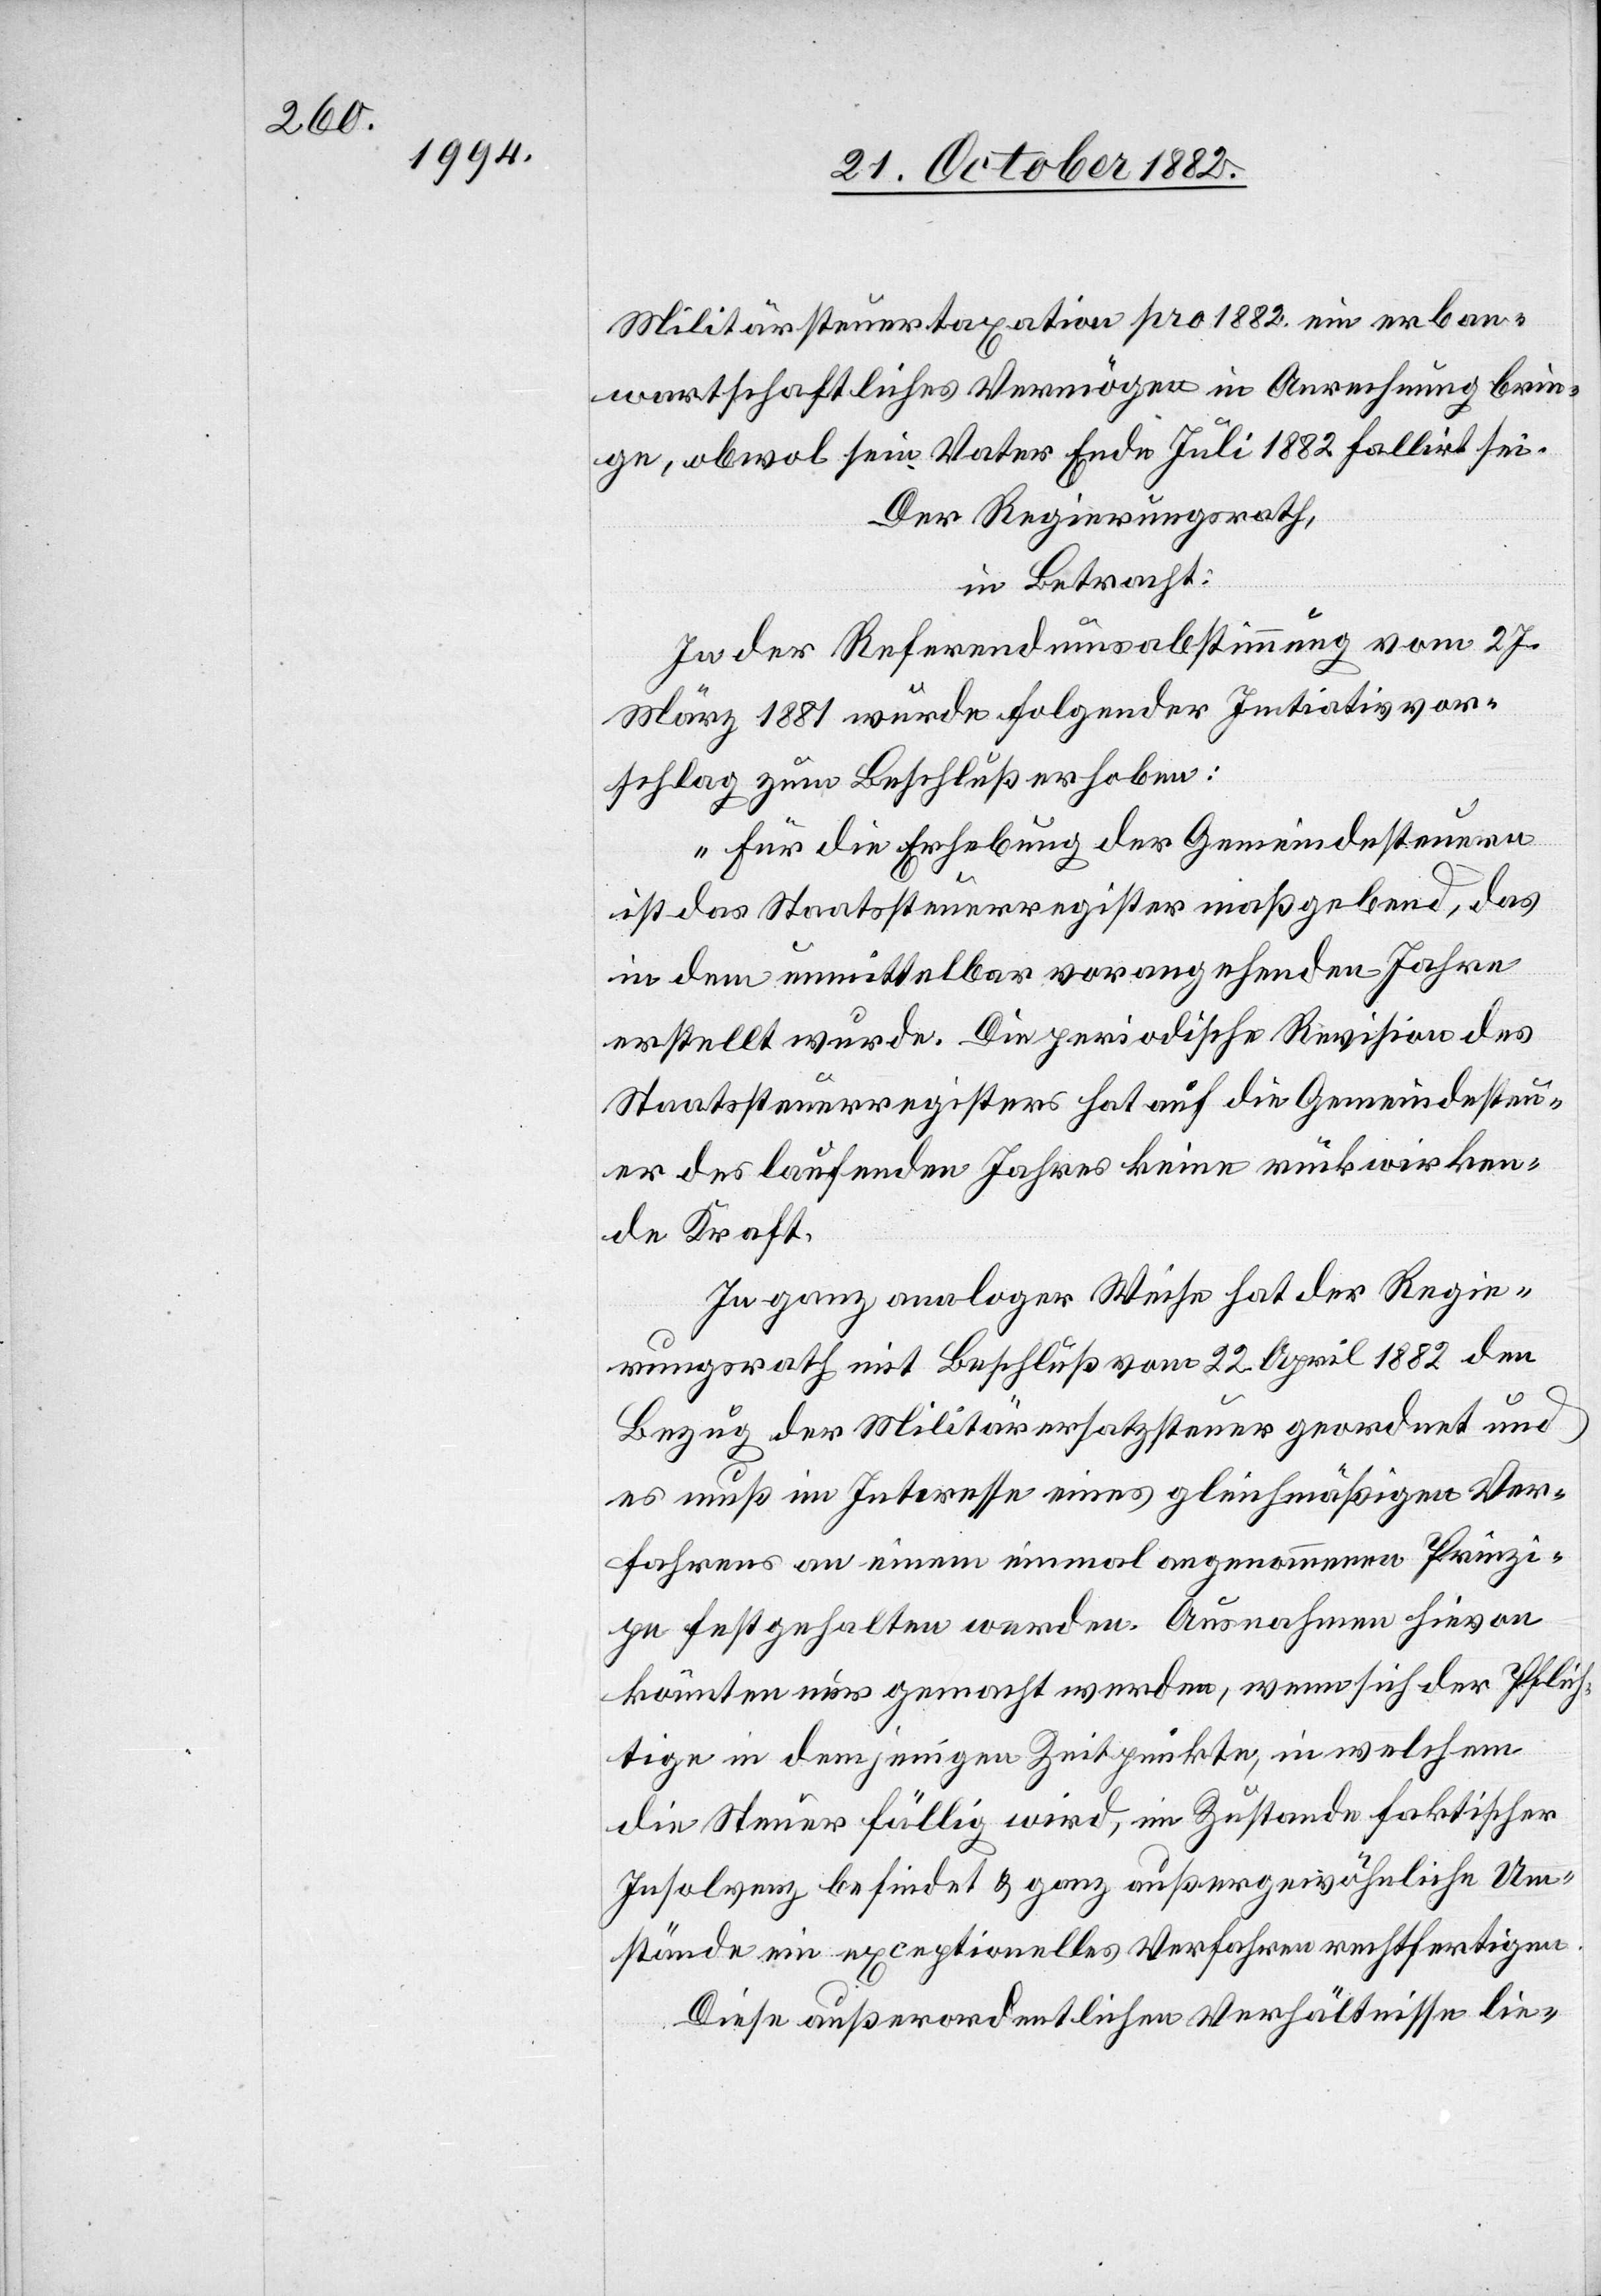
Militärsteuertaxation pro 1882 ein erban¬
wartschaftliches Vermögen in Anrechnung brin¬
ge, obwol sein Vater Ende Juli 1882 fallirt sei.
Der Regierungsrath,
in Betracht:
In der Referendumsabstimmung vom 27.
März 1881 wurde folgender Initiativvor¬
schlag zum Beschluß erhoben:
„Für die Erhebung der Gemeindesteuern
ist das Staatssteuerregister maßgebend, das
in dem unmittelbar vorangehenden Jahre
erstellt wurde. Die periodische Revision des
Staatssteuerregisters hat auf die Gemeindesteu¬
er des laufenden Jahres keine rückwirken¬
de Kraft.
In ganz analoger Weise hat der Regie¬
rungsrath mit Beschluß vom 22. April 1882 den
Bezug der Militärersatzsteuer geordnet und
es muß im Interesse eines gleichmäßigen Ver¬
fahrens an einem einmal angenommenen Prinzi¬
pe festgehalten werden. Ausnahmen hievon
könnten nur gemacht werden, wenn sich der Pflich¬
tige in demjenigen Zeitpunkte, in welchem
die Steuer fällig wird, im Zustande faktischer
Insolvenz befindet & ganz außergewöhnliche Um¬
stände ein exceptionelles Verfahren rechtfertigen.
Diese außerordentlichen Verhältnisse lie-